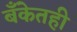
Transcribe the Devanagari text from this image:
बँकेतही